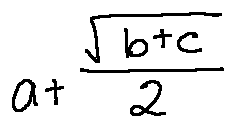
a + \frac { \sqrt { b + c } } { 2 }